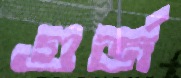
গুর্জ